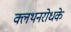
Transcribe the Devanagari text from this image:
क्लथनरोधके